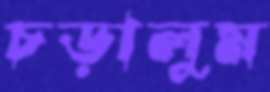
চড়ালুম